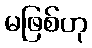
မဖြစ်ဟု